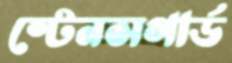
স্টেনসগার্ড